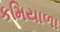
કમિયાળા